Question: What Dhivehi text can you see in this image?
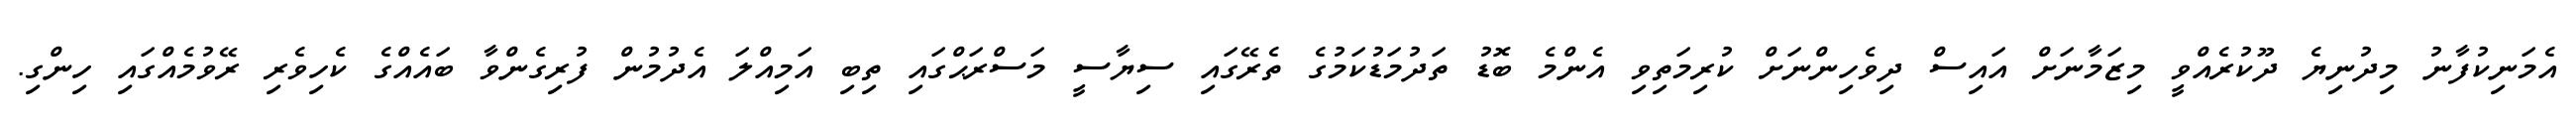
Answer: އެމަނިކުފާނު މިދުނިޔެ ދޫކުރެއްވީ މިޒަމާނަށް އައިސް ދިވެހިންނަށް ކުރިމަތިވި އެންމެ ބޮޑު ތަދުމަޑުކަމުގެ ތެރޭގައި ސިޔާސީ މަސްރަޙްގައި ތިބި އަމިއްލަ އެދުމުން ފުރިގެންވާ ބައެއްގެ ކެހިވެރި ރޭވުމެއްގައި ހިންގި.